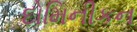
દોમિનીકન